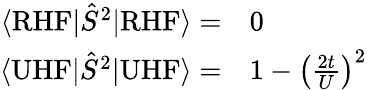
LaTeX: \begin{array}{rl}{\langle\textrm{RHF}|\hat{S}^{2}|\textrm{RHF}\rangle=}&{{}0}\\ {\langle\textrm{UHF}|\hat{S}^{2}|\textrm{UHF}\rangle=}&{{}1-\left(\frac{2t}{U}\right)^{2}}\end{array}